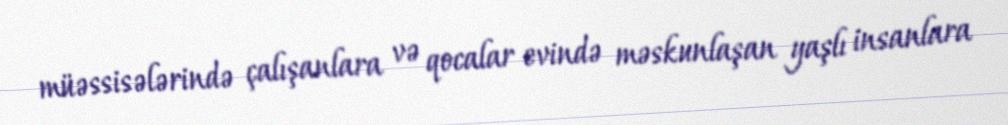
müəssisələrində çalışanlara və qocalar evində məskunlaşan yaşlı insanlara